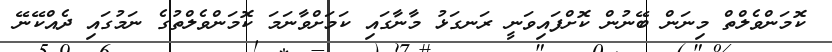
ކޮމަންވެލްތް މިނަން ބޭނުން ކޮށްފައިވަނީ ރަނގަޅު މާނާގައި ކަމަށްވާނަމަ ކޮމަންވެލްތުގެ ނަމުގައި ދެއްކޭނޭ